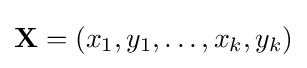
\mathbf {X} =(x_{1},y_{1},\ldots ,x_{k},y_{k})